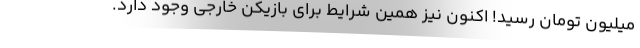
میلیون تومان رسید! اکنون نیز همین شرایط برای بازیکن خارجی وجود دارد.